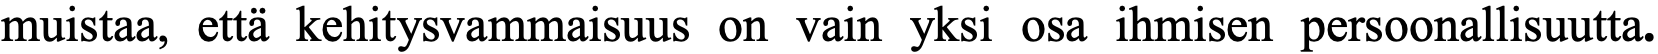
muistaa, että kehitysvammaisuus on vain yksi osa ihmisen persoonallisuutta.